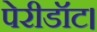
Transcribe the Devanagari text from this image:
पेरीडॉट।